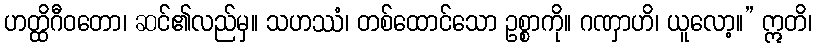
ဟတ္ထိဂီဝတော၊ ဆင်၏လည်မှ။ သဟဿံ၊ တစ်ထောင်သော ဥစ္စာကို။ ဂဏှာဟိ၊ ယူလော့။” ဣတိ၊